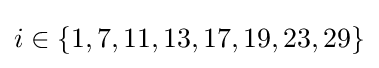
i\in \{1,7,11,13,17,19,23,29\}